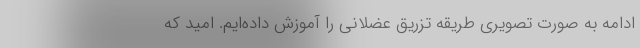
ادامه به صورت تصویری طریقه تزریق عضلانی را آموزش داده‌ایم. امید که